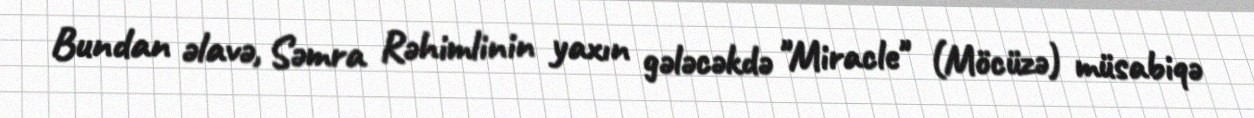
Bundan əlavə, Səmra Rəhimlinin yaxın gələcəkdə "Miracle" (Möcüzə) müsabiqə